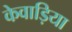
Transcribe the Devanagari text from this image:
केवाड़िया